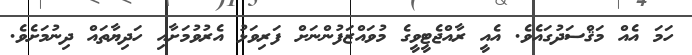
ހަމަ އެއް މަޤްސަދުގައެވެ. އެއީ ރާއްޖެޓީވީގެ މުވައްޒަފުންނަށް ފަރިވަޅު އެރުވުމަށާއި ހަދިޔާތައް ދިނުމަށެވެ.